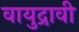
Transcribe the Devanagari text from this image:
वायुद्रावी